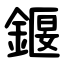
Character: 䤷